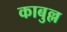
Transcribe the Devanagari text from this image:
काबुल्ल